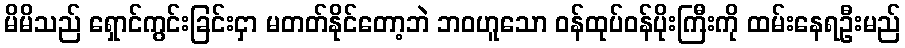
မိမိသည် ရှောင်ကွင်းခြင်းငှာ မတတ်နိုင်တော့ဘဲ ဘဝဟူသော ဝန်ထုပ်ဝန်ပိုးကြီးကို ထမ်းနေရဦးမည်